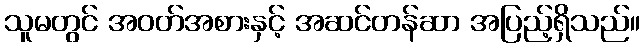
သူမတွင် အဝတ်အစားနှင့် အဆင်တန်ဆာ အပြည့်ရှိသည်။